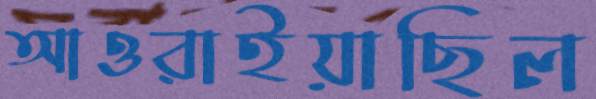
আওরাইয়াছিল